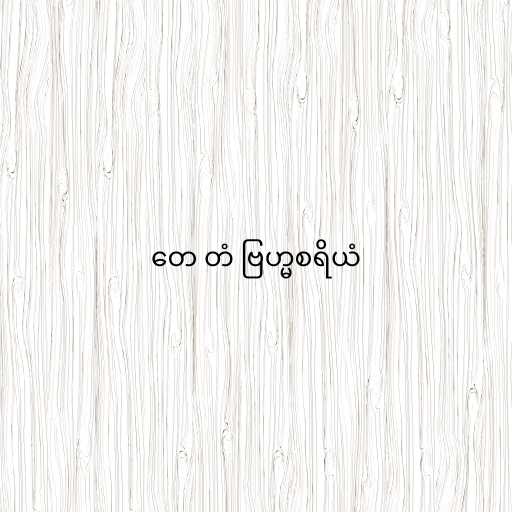
တေ တံ ဗြဟ္မစရိယံ